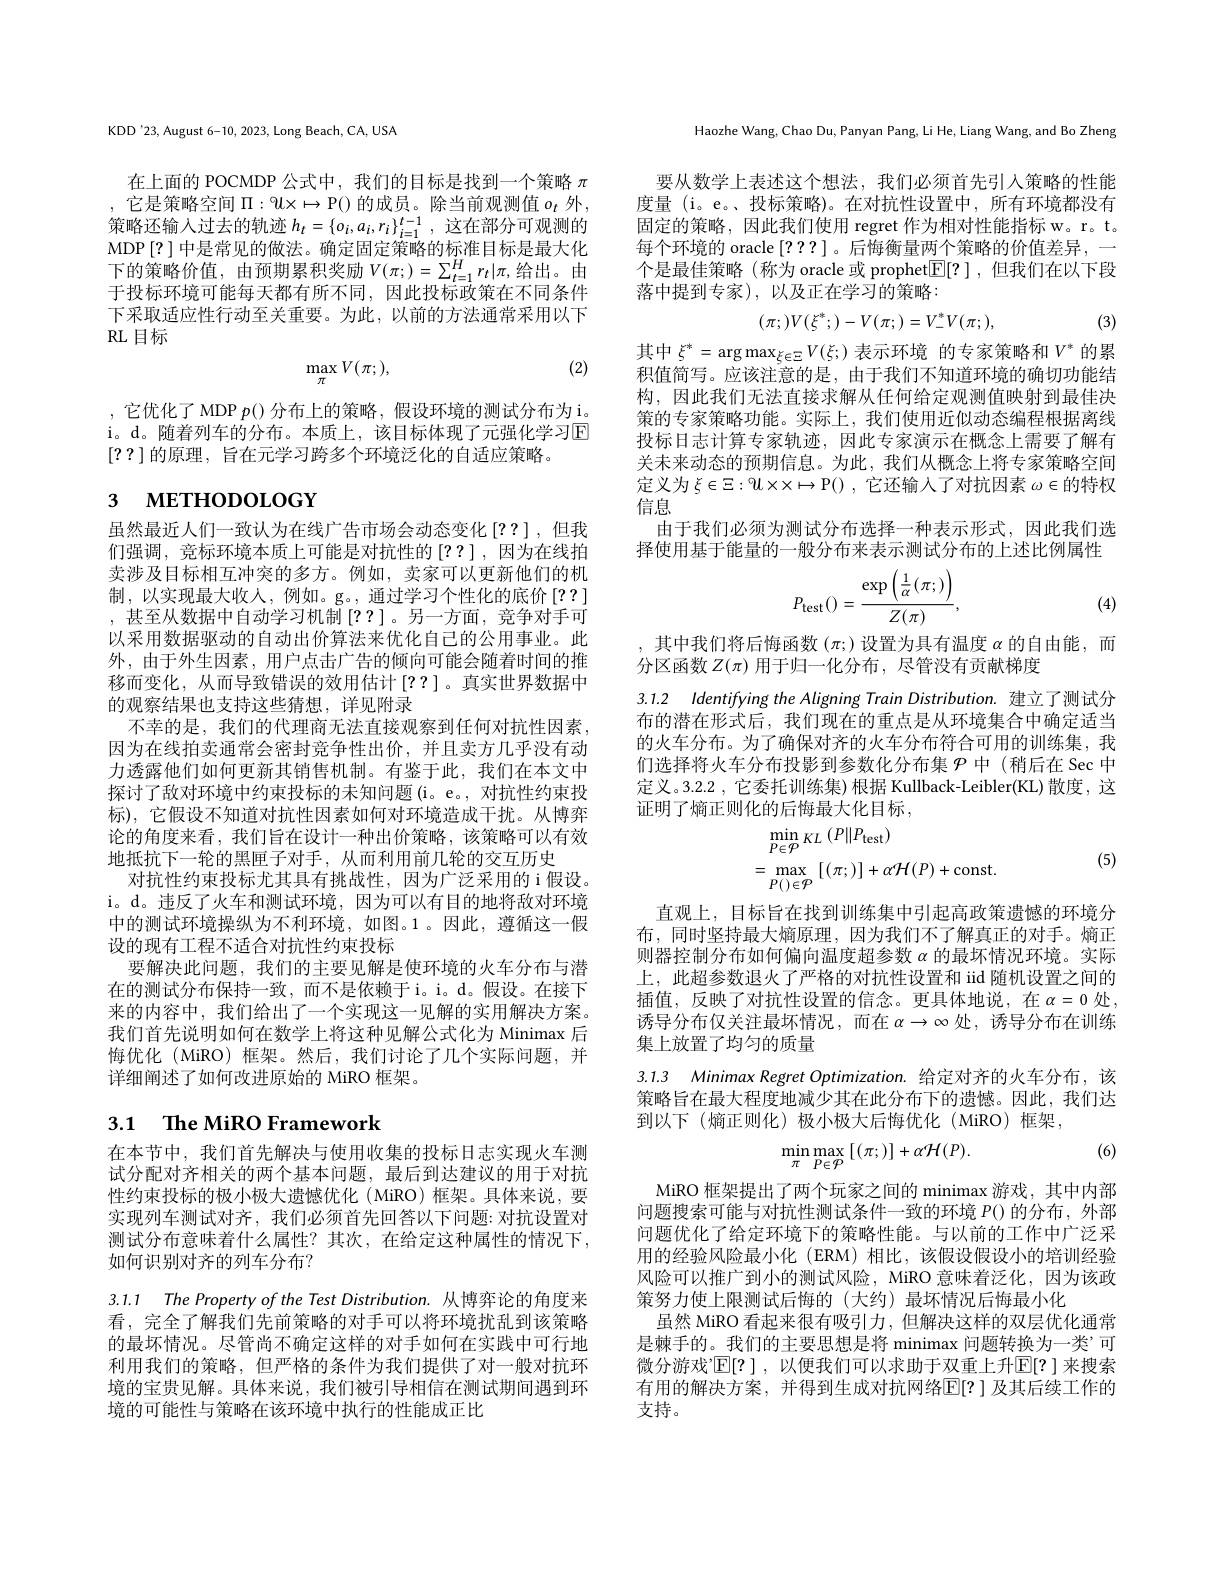
KDD'23, August 6-10, 2023, Long Beach, CA, USA

在上面的 POCMDP 公式中，我们的目标是找到一个策略$\pi$ 它是策略空间$\Pi:\mathcal{U}\times\mapsto\mathcal{P}()$ 的成员。除当前观测值 $o_t$ 外， 策略还输入过去的轨迹$h_t=\{o_i,a_i,r_i\}_{i=1}^{t-1}$,这在部分可观测的MDP[?]中是常见的做法。确定固定策略的标准目标是最大化下的策略价值，由预期累积奖励 $V(\pi;)=\sum_t=1^Hr_t|\pi$,给出。由于投标环境可能每天都有所不同，因此投标政策在不同条件下采取适应性行动至关重要。为此，以前的方法通常采用以下RL 目标

(2)
$$\max_\pi V(\pi;),$$
它优化了 MDP $p($)分布上的策略，假设环境的测试分布为i。i。d。随着列车的分布。本质上，该目标体现了元强化学习$\operatorname{E}$ [??]的原理，旨在元学习跨多个环境泛化的自适应策略。

# 3 метноросоєт

虽然最近人们一致认为在线广告市场会动态变化[??],但我们强调，竞标环境本质上可能是对抗性的[??],因为在线拍卖涉及目标相互冲突的多方。例如，卖家可以更新他们的机制，以实现最大收入，例如。g。,通过学习个性化的底价[??] ,甚至从数据中自动学习机制[??]。另一方面，竞争对手可以采用数据驱动的自动出价算法来优化自己的公用事业。此外，由于外生因素，用户点击广告的倾向可能会随着时间的推移而变化，从而导致错误的效用估计[??]。真实世界数据中的观察结果也支持这些猜想，详见附录
不幸的是，我们的代理商无法直接观察到任何对抗性因素， 因为在线拍卖通常会密封竞争性出价，并且卖方几乎没有动力透露他们如何更新其销售机制。有鉴于此，我们在本文中探讨了敌对环境中约束投标的未知问题 (i。e。, 对抗性约束投标),它假设不知道对抗性因素如何对环境造成干扰。从博弈论的角度来看，我们旨在设计一种出价策略，该策略可以有效地抵抗下一轮的黑匣子对手，从而利用前几轮的交互历史
对抗性约束投标尤其具有挑战性，因为广泛采用的 i 假设。i。d。违反了火车和测试环境，因为可以有目的地将敌对环境中的测试环境操纵为不利环境，如图。1。因此，遵循这一假设的现有工程不适合对抗性约束投标
要解决此问题，我们的主要见解是使环境的火车分布与潜在的测试分布保持一致，而不是依赖于 i。i。d。假设。在接下来的内容中，我们给出了一个实现这一见解的实用解决方案。我们首先说明如何在数学上将这种见解公式化为 Minimax 后悔优化 (MiRO) 框架。然后，我们讨论了几个实际问题，并详细阐述了如何改进原始的 MiRO 框架。

# 3.1 The MiRO Framework

在本节中，我们首先解决与使用收集的投标日志实现火车测试分配对齐相关的两个基本问题，最后到达建议的用于对抗性约束投标的极小极大遗憾优化(MiRO) 框架。具体来说，要实现列车测试对齐，我们必须首先回答以下问题：对抗设置对测试分布意味着什么属性？其次，在给定这种属性的情况下， 如何识别对齐的列车分布？

3.1.1 The Property of the Test Distribution. 从博弈论的角度来

看，完全了解我们先前策略的对手可以将环境扰乱到该策略的最坏情况。尽管尚不确定这样的对手如何在实践中可行地利用我们的策略，但严格的条件为我们提供了对一般对抗环境的宝贵见解。具体来说，我们被引导相信在测试期间遇到环境的可能性与策略在该环境中执行的性能成正比

Haozhe Wang, Chao Du, Panyan Pang, Li He, Liang Wang, and Bo Zheng

要从数学上表述这个想法，我们必须首先引入策略的性能度量 (i。e。、投标策略)。在对抗性设置中，所有环境都没有固定的策略，因此我们使用 regret 作为相对性能指标 w。r。t。每个环境的 oracle [???]。后悔衡量两个策略的价值差异，一个是最佳策略(称为 oracle 或 prophet$\mathbb{E}[?]$,但我们在以下段落中提到专家),以及正在学习的策略：
$$(\pi;)V(\xi^*;)-V(\pi;)=V_-^*V(\pi;),$$
1, (3)

其中$\xi^*=\arg\max_{\xi\in\Xi}V(\xi;)$表示环境 的专家策略和$V^*$的累积值简写。应该注意的是，由于我们不知道环境的确切功能结构，因此我们无法直接求解从任何给定观测值映射到最佳决策的专家策略功能。实际上，我们使用近似动态编程根据离线投标日志计算专家轨迹，因此专家演示在概念上需要了解有关未来动态的预期信息。为此，我们从概念上将专家策略空间定义为$\xi\in\Xi:9l\times x\mapsto$P() ,它还输入了对抗因素 $\omega\in$的特权信息
由于我们必须为测试分布选择一种表示形式，因此我们选择使用基于能量的一般分布来表示测试分布的上述比例属性
$$P_{\mathrm{test}}()=\frac{\exp\left(\frac{1}{\alpha}(\pi;)\right)}{Z(\pi)},$$
(4)

,其中我们将后悔函数$(\pi;)$设置为具有温度$\alpha$的自由能，而
分区函数$Z(\pi)$用于归一化分布，尽管没有贡献梯度

3.1.2 Identifying the Aligning Train Distribution. 建立了测试分

布的潜在形式后，我们现在的重点是从环境集合中确定适当的火车分布。为了确保对齐的火车分布符合可用的训练集，我们选择将火车分布投影到参数化分布集$\mathcal{P}$中 (稍后在 Sec 中定义。3.2.2 , 它委托训练集) 根据 Kullback-Leibler(KL) 散度，这证明了熵正则化的后悔最大化目标，
$$\begin{aligned}&\min_{P\in\mathcal{P}}\:KL\:(P\|P_{\mathrm{test}})\\&=\max_{P()\in\mathcal{P}}\:[(\pi;)]+\alpha\mathcal{H}(P)+\mathrm{const}.\end{aligned}$$
(5)

直观上，目标旨在找到训练集中引起高政策遗憾的环境分布，同时坚持最大熵原理，因为我们不了解真正的对手。熵正则器控制分布如何偏向温度超参数$\alpha$的最坏情况环境。实际上，此超参数退火了严格的对抗性设置和 iid 随机设置之间的插值，反映了对抗性设置的信念。更具体地说，在$\alpha=0$处 , 诱导分布仅关注最坏情况，而在$\alpha\to\infty$处，诱导分布在训练集上放置了均匀的质量

3.1.3 Minimax Regret Optimization. 给定对齐的火车分布，该策略旨在最大程度地减少其在此分布下的遗憾。因此，我们达到以下(熵正则化)极小极大后悔优化(MiRO)框架

(6)
$$\min_{\pi}\max_{P\in\mathcal{P}}\left[(\pi;)\right]+\alpha\mathcal{H}(P).$$
MiRO 框架提出了两个玩家之间的 minimax 游戏，其中内部问题搜索可能与对抗性测试条件一致的环境$P($)的分布，外部问题优化了给定环境下的策略性能。与以前的工作中广泛采用的经验风险最小化 (ERM)相比，该假设假设小的培训经验风险可以推广到小的测试风险，MiRO 意味着泛化，因为该政策努力使上限测试后悔的(大约)最坏情况后悔最小化
虽然 MiRO 看起来很有吸引力，但解决这样的双层优化通常是棘手的。我们的主要思想是将 minimax 问题转换为一类’可微分游戏”$\mathbb{E}[?]$, 以便我们可以求助于双重上升$\mathbb{E}[?]$ 来搜索有用的解决方案，并得到生成对抗网络$\mathbb{E}[?]$ 及其后续工作的支持。